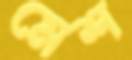
মেশ